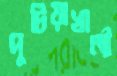
পুটিয়াখালী